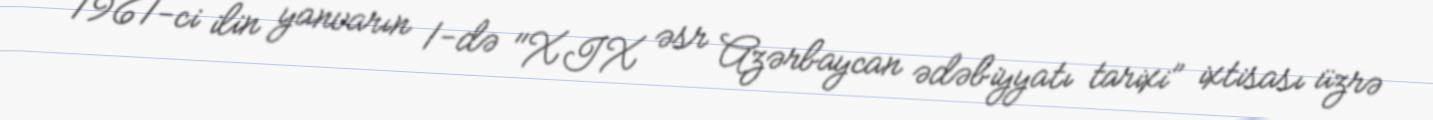
1961-ci ilin yanvarın 1-də "XIX əsr Azərbaycan ədəbiyyatı tarixi” ixtisası üzrə